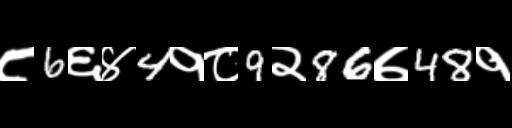
Text: ८6६४4१८9२86७48१